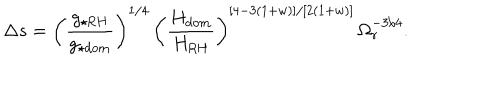
LaTeX: \Delta s = \left( \frac { g _ { \star \mathrm { R H } } } { g _ { \star \mathrm { d o m } } } \right) ^ { 1 / 4 } \, \left( \frac { H _ { \mathrm { d o m } } } { H _ { \mathrm { R H } } } \right) ^ { [ 4 - 3 ( 1 + w ) ] / [ 2 ( 1 + w ) ] } \, \Omega _ { r } ^ { - 3 / 4 } .